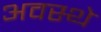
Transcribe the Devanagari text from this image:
अवस्थे